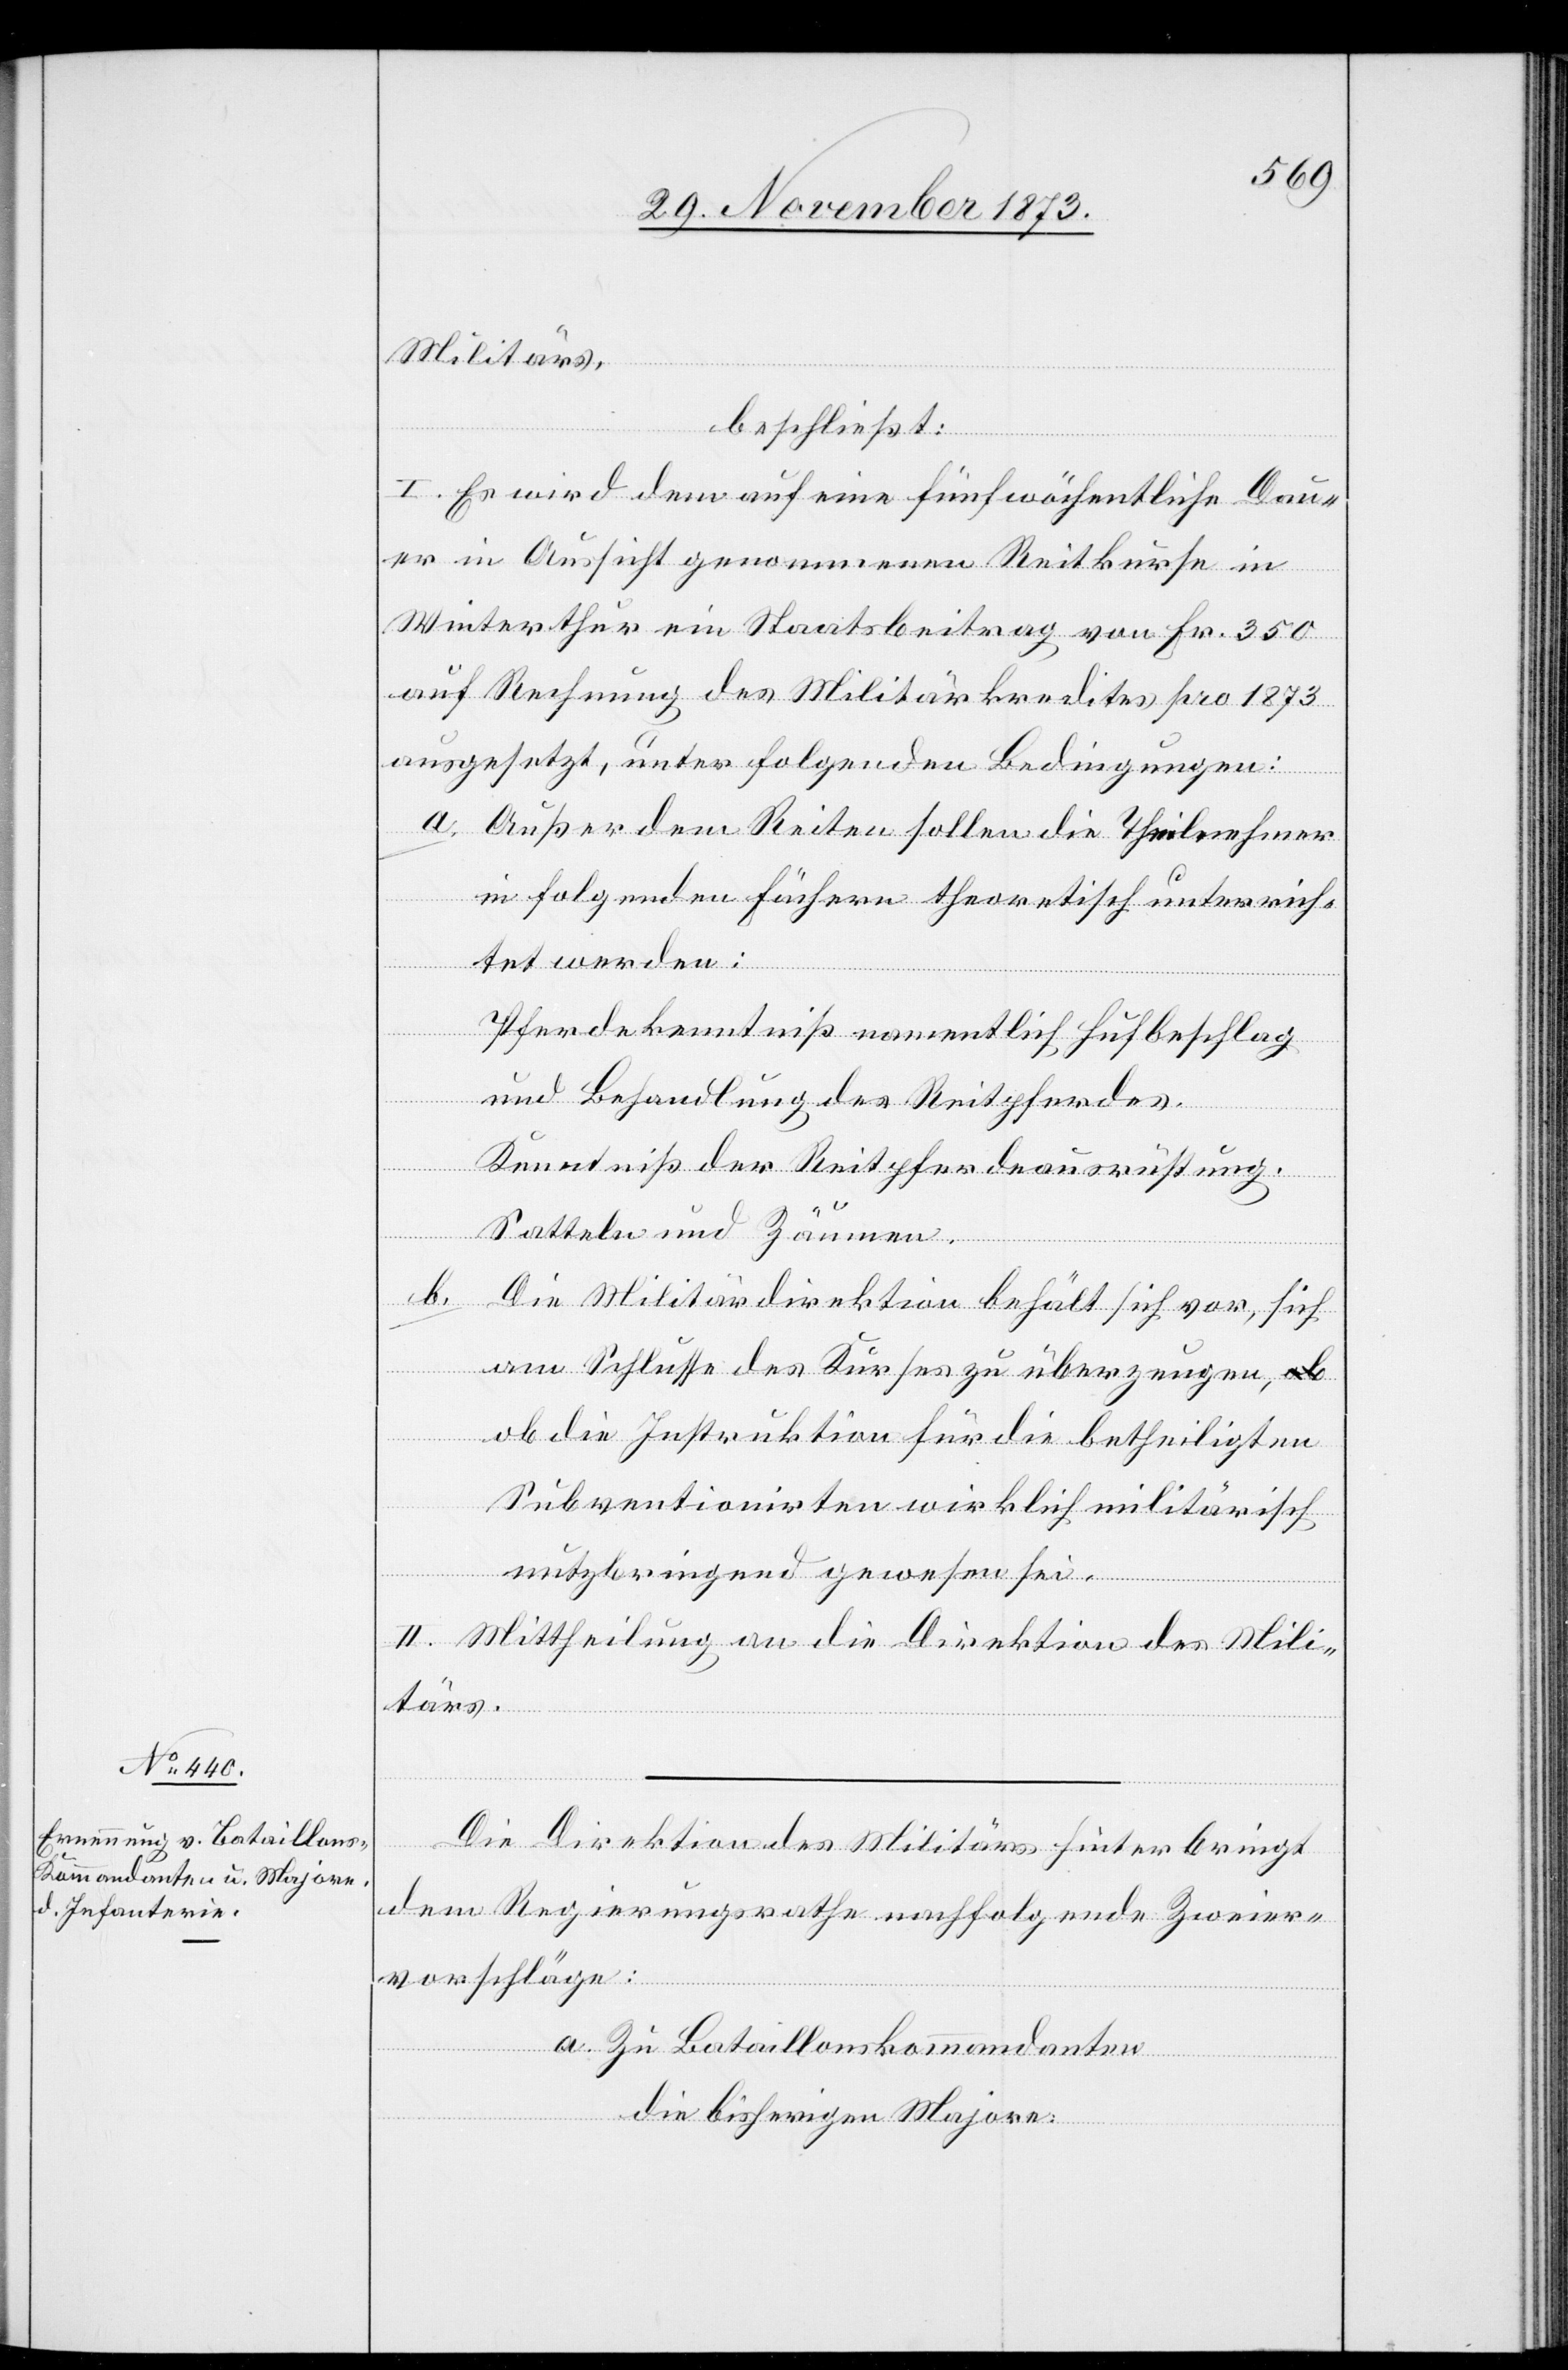
Militärs,
beschließt:
I. Es wird dem auf eine fünfwöchentliche Dau¬
er in Aussicht genommenen Reitkurse in
Winterthur ein Staatsbeitrag von Fr. 350
auf Rechnung des Militärkredites pro 1873
ausgesetzt, unter folgenden Bedingungen:
a. Außer dem Reiten sollen die Theilnehmer
in folgenden Fächern theoretisch unterrich¬
tet werden:
Pferdekenntniß namentlich Hufbeschlag
und Behandlung des Reitpferdes.
Kenntniß der Reitpferdeausrüstung.
Satteln und Zäumen.
b. Die Militärdirektion behält sich vor, sich
am Schlusse des Kurses zu überzeugen,
ob die Instruktion für die betheiligten
Subventionirten wirklich militärisch
nutzbringend gewesen sei.
II. Mittheilung an die Direktion des Mili¬
tärs.
Die Direktion des Militärs hinterbringt
dem Regierungsrathe nachfolgende Zweier¬
vorschläge:
a. Zu Bataillonskommandanten
die bisherigen Majore: